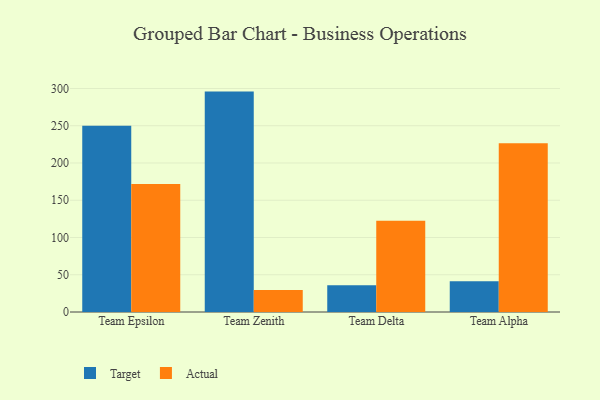
{"axis": {"x": "Team", "y": "Budget (USD K)"}, "legend": ["Actual", "Target"], "data": [{"x": "Team Epsilon", "y": 250.0, "type": "Target"}, {"x": "Team Epsilon", "y": 171.9, "type": "Actual"}, {"x": "Team Zenith", "y": 295.8, "type": "Target"}, {"x": "Team Zenith", "y": 29.6, "type": "Actual"}, {"x": "Team Delta", "y": 35.8, "type": "Target"}, {"x": "Team Delta", "y": 122.3, "type": "Actual"}, {"x": "Team Alpha", "y": 41.3, "type": "Target"}, {"x": "Team Alpha", "y": 226.6, "type": "Actual"}]}